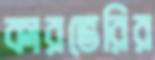
কারভেরির